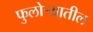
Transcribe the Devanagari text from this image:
फुलोऱ्यातील